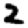
Digit: 2